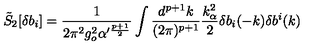
\tilde { S } _ { 2 } [ \delta b _ { i } ] = \frac { 1 } { 2 \pi ^ { 2 } g _ { o } ^ { 2 } \alpha ^ { \prime \frac { p + 1 } { 2 } } } \int \frac { d ^ { p + 1 } k } { ( 2 \pi ) ^ { p + 1 } } \frac { k _ { \alpha } ^ { 2 } } { 2 } \delta b _ { i } ( - k ) \delta b ^ { i } ( k )